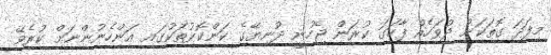
މިފަދަ ގޮތަކަށް ދުވަހެއް ފާހަގަ ކުރަން ޖެހުނީ ދުނިޔޭގެ ކަންކޮޅުތަކުގައި އަންހެނުންނަށް ކުރެވޭ